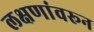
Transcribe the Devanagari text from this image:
लक्षणांवरून